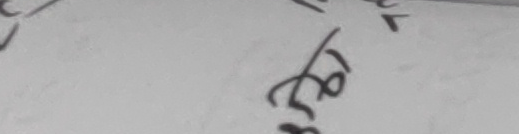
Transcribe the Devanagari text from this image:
३४७